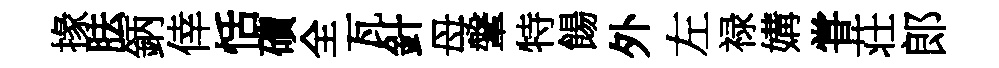
掾胠鈵倖恬磧全瓦針母鞶特餳外左禄媾甞荘郎